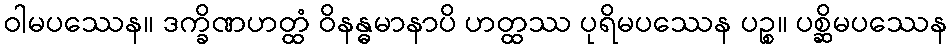
ဝါမပဿေန။ ဒက္ခိဏဟတ္ထံ ဝိနန္ဓမာနာပိ ဟတ္ထဿ ပုရိမပဿေန ပဉ္စ။ ပစ္ဆိမပဿေန